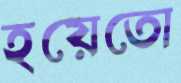
হয়েতো